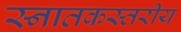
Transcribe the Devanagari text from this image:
स्नातकस्तरीय